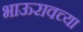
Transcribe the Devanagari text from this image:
भाऊरावच्या